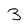
Character: B